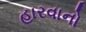
હારવાનો